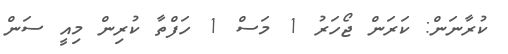
ކުރާނަން: ކަރަން ޖޯހަރު 1 މަސް 1 ހަފްތާ ކުރިން މިއީ ސަން